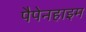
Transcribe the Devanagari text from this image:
पैपेनहाइम